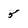
Character: 5